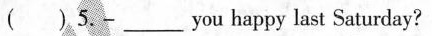
()5.-___you happy last Saturday?